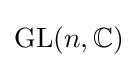
\mathrm {GL} (n,\mathbb {C} )